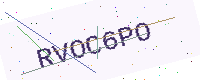
Text: RVOC6PO